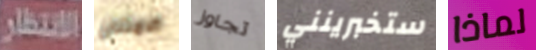
الانتظار الامتنان تجاوز ستخبرينني لماذا